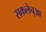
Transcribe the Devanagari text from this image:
सकलेच्आ